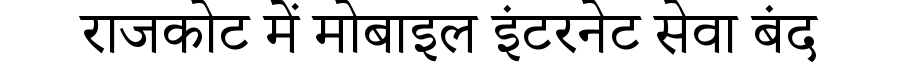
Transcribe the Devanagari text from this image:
राजकोट में मोबाइल इंटरनेट सेवा बंद